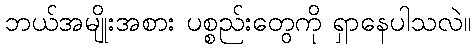
ဘယ်အမျိုးအစား ပစ္စည်းတွေကို ရှာနေပါသလဲ။